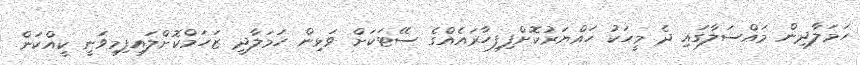
ހަމަލާދިން މައްސަލާގައި ދެ މީހަކު ހައްޔަރުކޮށްފިފިހާރައެއްގެ ސޭޓަކަށް ވަޅިން ހަމަލާދީ ޒަހަމްކޮށްލައިފިމިވަނީ ކީއްކަން